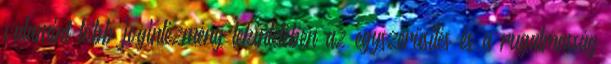
valamint több jogintézmény tekintetében az egyszerűsítés és a rugalmasság